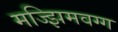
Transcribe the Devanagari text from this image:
मज्झिमवग्ग